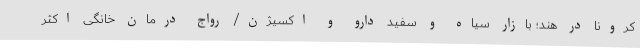
کرونا در هند؛ بازار سیاه و سفید دارو و اکسیژن/ رواج درمان خانگی اکثر